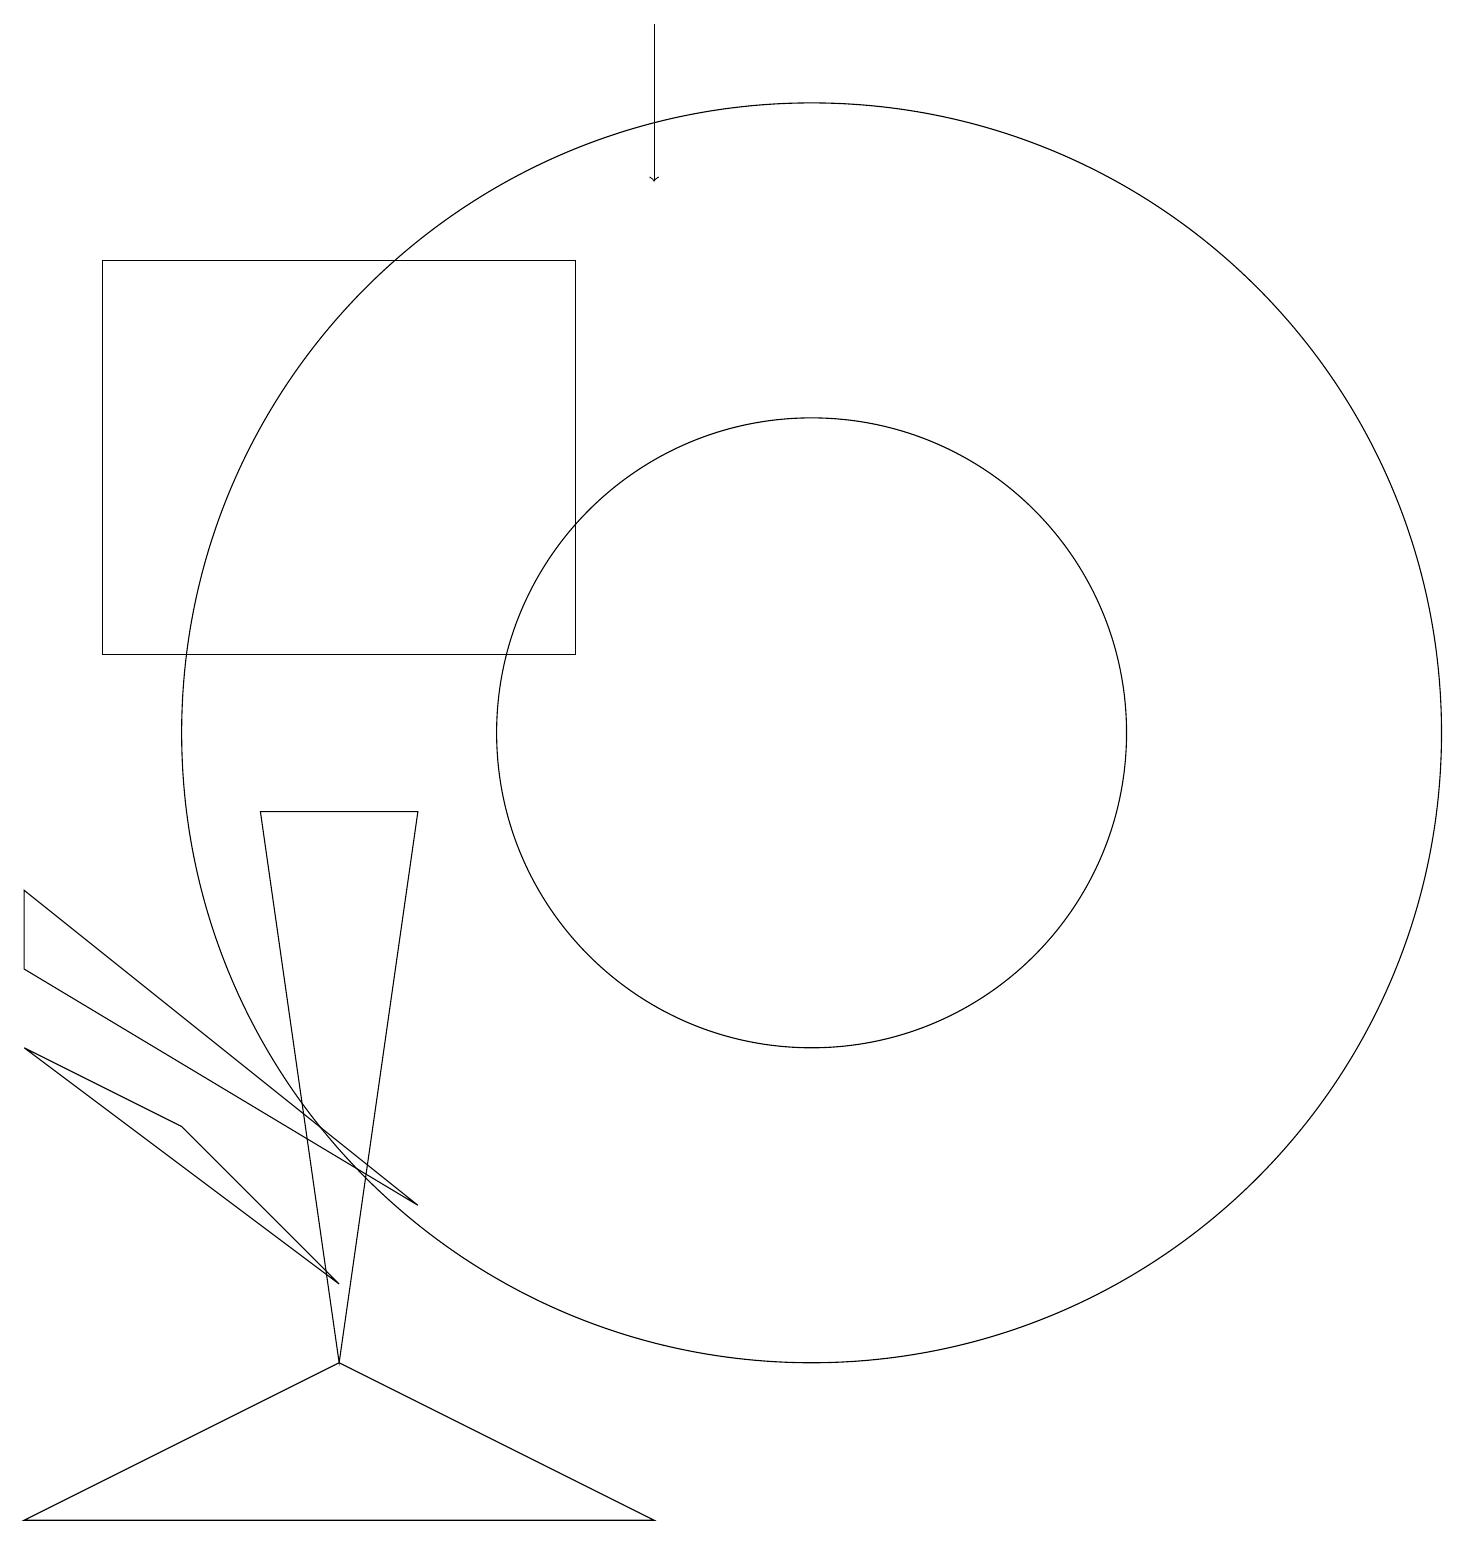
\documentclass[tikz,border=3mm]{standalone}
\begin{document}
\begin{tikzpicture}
\draw (10,10) circle (8);
\draw (0,6) -- (2,5) -- (4,3) -- cycle;
\draw (4,2) -- (0,0) -- (8,0) -- cycle;
\draw (10,10) circle (4);
\draw (7,11) rectangle (1,16);
\draw (4,2) -- (5,9) -- (3,9) -- cycle;
\draw (0,8) -- (0,7) -- (5,4) -- cycle;
\draw[->] (8,19) -- (8,17);
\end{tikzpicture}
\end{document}